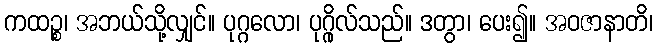
ကထဉ္စ၊ အဘယ်သို့လျှင်။ ပုဂ္ဂလော၊ ပုဂ္ဂိုလ်သည်။ ဒတွာ၊ ပေး၍။ အဝဇာနာတိ၊